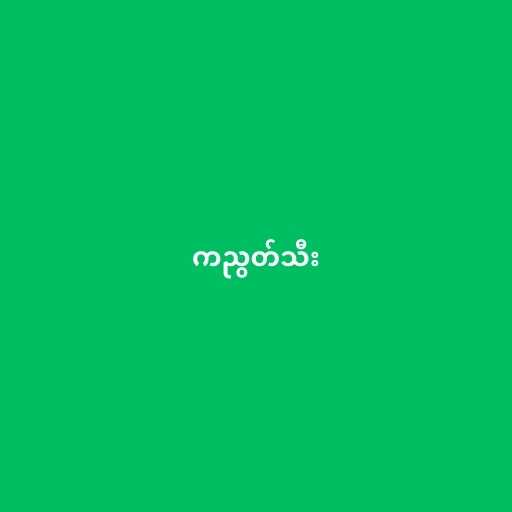
ကညွတ်သီး